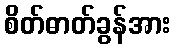
စိတ်ဓာတ်ခွန်အား